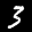
Label: 3